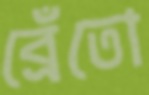
ব্রেঁতো